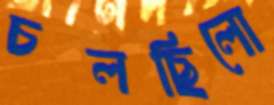
চলছিলো